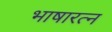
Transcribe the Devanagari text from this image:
भाषारत्न